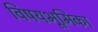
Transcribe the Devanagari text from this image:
विषयभूमिका